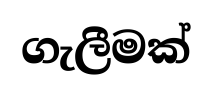
ගැලීමක්